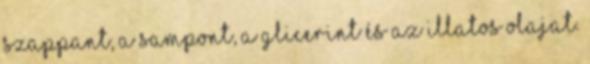
szappant, a sampont, a glicerint és az illatos olajat.